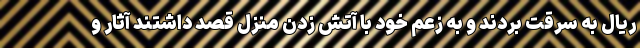
ریال به سرقت بردند و به زعم خود با آتش زدن منزل قصد داشتند آثار و